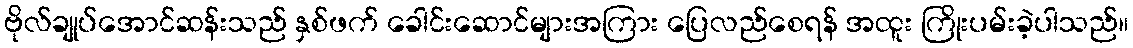
ဗိုလ်ချုပ်အောင်ဆန်းသည် နှစ်ဖက် ခေါင်းဆောင်များအကြား ပြေလည်စေရန် အထူး ကြိုးပမ်းခဲ့ပါသည်။